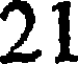
21